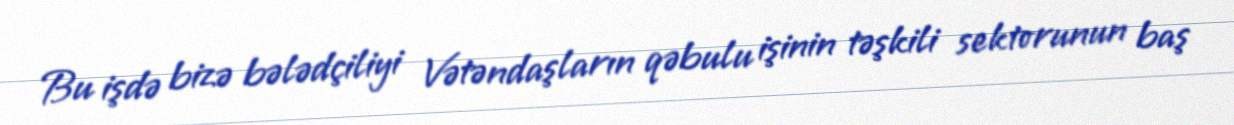
Bu işdə bizə bələdçiliyi Vətəndaşların qəbulu işinin təşkili sektorunun baş